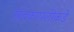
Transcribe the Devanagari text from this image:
खंदकापलीकडे